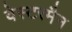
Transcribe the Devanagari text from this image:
वेस्टरमैन